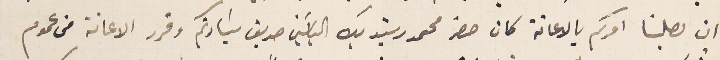
ان يصلنا امركم بالاعانة كان حضر محمد رشيد بك الياسَين صديق سَيادتكم وقرر الاعانة من عموم